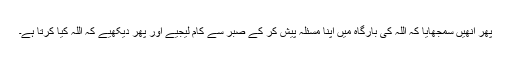
پھر انھیں سمجھایا کہ اللہ کی بارگاہ میں اپنا مسئلہ پیش کر کے صبر سے کام لیجیے اور پھر دیکھیے کہ اللہ کیا کرتا ہے۔